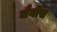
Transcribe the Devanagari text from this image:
जैनीस